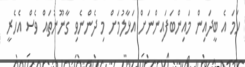
ހަމަ އެ ބީދައިން މައިންބަފައިންނަށް އަޅާލުމަށް މި ދެންނެވި ގާނޫނުތައް ވެސް އެހެރީ